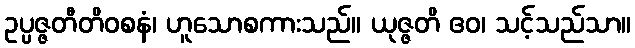
ဥပ္ပဇ္ဇတီတိဝစနံ၊ ဟူသောစကားသည်။ ယုဇ္ဇတိ ဧဝ၊ သင့်သည်သာ။